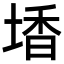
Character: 𡎟